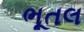
ભૂતલ